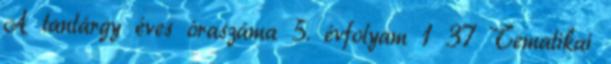
A tantárgy éves óraszáma 5. évfolyam 1 37 Tematikai